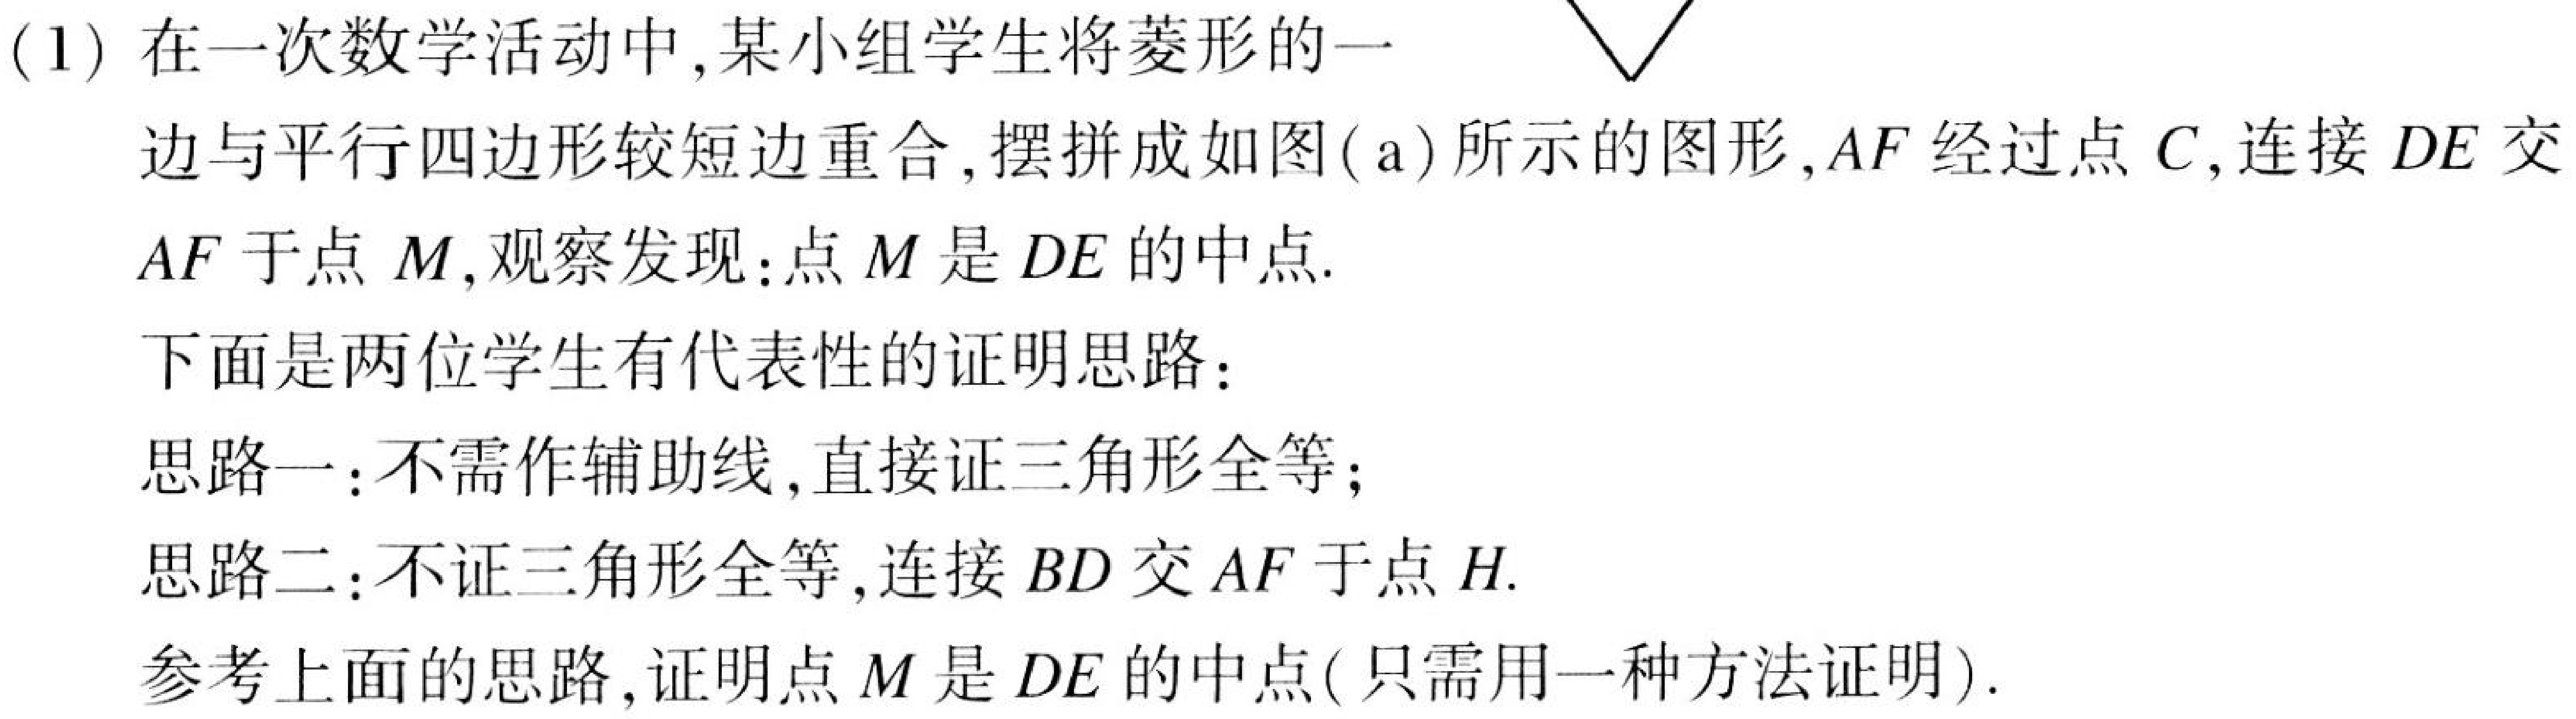
(1)在一次数学活动中,某小组学生将菱形的一
边与平行四边形较短边重合,摆拼成如图( a)所示的图形,$AF$经过点$C$,连接$DE$交
$AF$于点$M$,观察发现:点$M$是$DE$的中点.
下面是两位学生有代表性的证明思路:
思路一:不需作辅助线,直接证三角形全等;
思路二:不证三角形全等,连接$BD$交$AF$于点$H$.
参考上面的思路,证明点$M$是$DE$的中点(只需用一种方法证明).